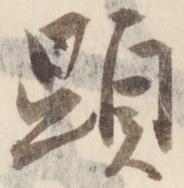
顕